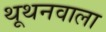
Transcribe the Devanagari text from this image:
थूथनवाला